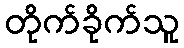
တိုက်ခိုက်သူ